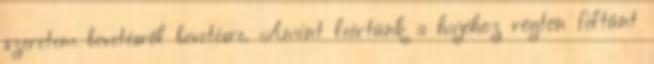
szeretem bevetésről bevetésre. Amint leértünk a hajóhoz rögtön feltűnt